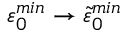
\varepsilon _ { 0 } ^ { m i n } \to \tilde { \varepsilon } _ { 0 } ^ { m i n }